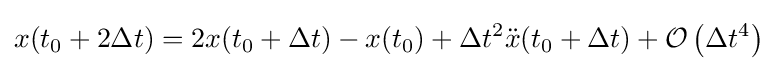
x(t_{0}+2\Delta t)=2x(t_{0}+\Delta t)-x(t_{0})+\Delta t^{2}{\ddot {x}}(t_{0}+\Delta t)+{\mathcal {O}}\left(\Delta t^{4}\right)